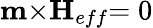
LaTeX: {\mathbf{m}}{\times}{\mathbf{{H}}}_{{eff}}{=0}